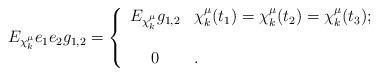
LaTeX: \begin{align*}E_{\chi_k^\mu}e_1e_2g_{1,2} = \left\{ \begin{array}{cl}E_{\chi_k^\mu}g_{1,2} & \chi_k^\mu(t_1)=\chi_k^\mu(t_2)=\chi_k^\mu(t_3); \\ & \\0 & .\end{array}\right.\end{align*}